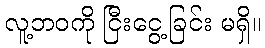
လူ့ဘဝကို ငြီးငွေ့ခြင်း မရှိ။